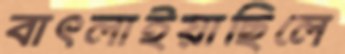
বাৎলাইয়াছিলে